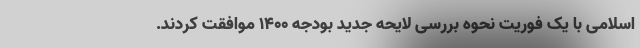
اسلامی با یک فوریت نحوه بررسی لایحه جدید بودجه ۱۴۰۰ موافقت کردند.